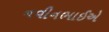
નવીનભાઈએ